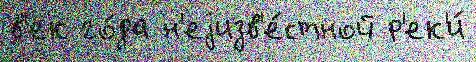
в'ек го́да н'еjизв'е́стной р'ек'и́